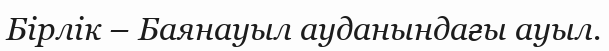
Бірлік – Баянауыл ауданындағы ауыл.